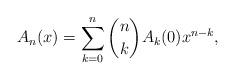
LaTeX: \begin{align*}A_n(x)=\sum_{k=0}^n \binom{n}{k}A_k(0)x^{n-k},\end{align*}